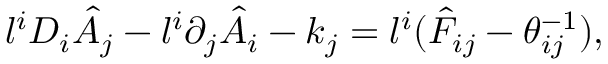
l ^ { i } D _ { i } \hat { A } _ { j } - l ^ { i } \partial _ { j } \hat { A } _ { i } - k _ { j } = l ^ { i } ( \hat { F } _ { i j } - \theta _ { i j } ^ { - 1 } ) ,